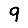
Digit: 9